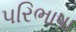
પરિભાષા